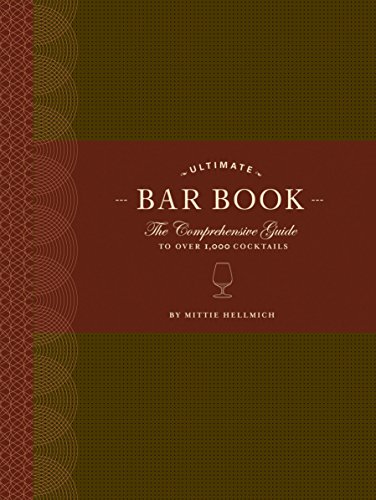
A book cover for The Ultimate Bar Book: The Comprehensive Guide to Over 1,000 Cocktails; Mittie Hellmich; Cookbooks, Food & Wine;